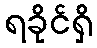
ရခိုင်ရှိ